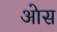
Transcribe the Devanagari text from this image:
आेस